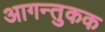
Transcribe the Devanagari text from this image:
आगन्तुकक